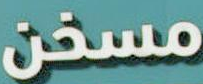
مسخن